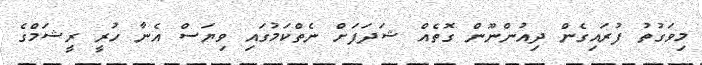
މިވަގުތު ފުރައިގެން ދިއުންނޫން ގޮތެއް ޝަދަފަށް ނެތްކަމުގައި ވިޔަސް އެނާ ހުރީ ރީޝަމްގެ